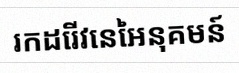
រកដេរីវេនៃអនុគមន៍